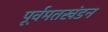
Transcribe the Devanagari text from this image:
पूर्वमतखंडन